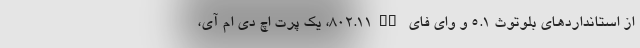
از استانداردهای بلوتوث ۵.۱ و وای فای ۸۰۲.۱۱ac، یک پرت اچ دی ام آی،